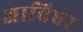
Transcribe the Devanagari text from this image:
जाविएर